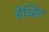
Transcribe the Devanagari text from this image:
डेव्हिन